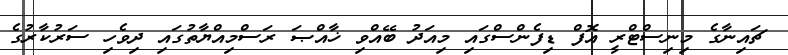
ޗައިނާގެ މިނިސްޓްރީ އޮފް ޑިފެންސްގައި މިއަދު ބޭއްވި ޚާއްޞަ ރަސްމިއްޔާތުގައި ދިވެހި ސަރުކާރުގެ